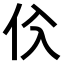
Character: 𠇒